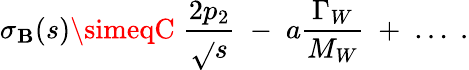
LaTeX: \sigma_{\mathbf{B}}(s)\simeqC\; {\frac{{2p_{2}}}{{\sqrt{}{{s}}}}}\; -\; a{\frac{{\Gamma_{W}}}{{M_{W}}}}\; +\; \ldots\; .